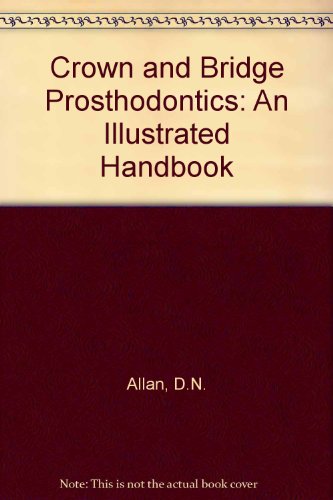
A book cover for Crown and Bridge Prosthodontics: An Illustrated Handbook; D. N. Allan; Medical Books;